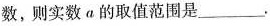
数，则实数a的取值范围是___.